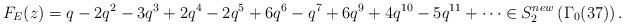
LaTeX: \begin{align*}F_E(z)=q - 2q^2 - 3q^3 + 2q^4 - 2q^5 + 6q^6 - q^7 + 6q^9 + 4q^{10} - 5q^{11} + \cdots \in S^{new}_{2}\left(\Gamma_0(37)\right).\end{align*}